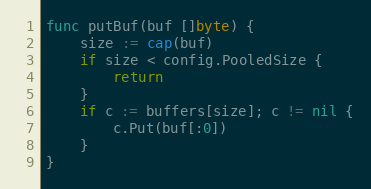
Language: Go
func putBuf(buf []byte) {
	size := cap(buf)
	if size < config.PooledSize {
		return
	}
	if c := buffers[size]; c != nil {
		c.Put(buf[:0])
	}
}